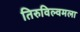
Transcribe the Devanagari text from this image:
तिरुविल्वमला